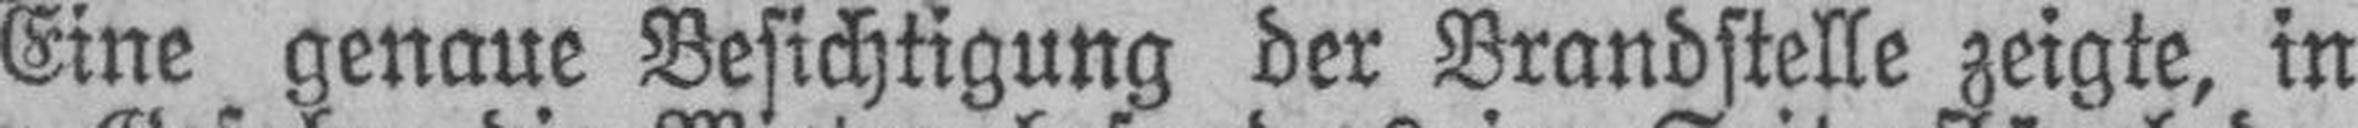
Eine genaue Besichtigung der Brandstelle zeigte, in